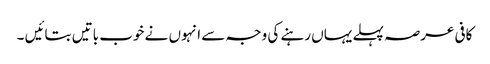
کافی عرصہ پہلے یہاں رہنے کی وجہ سے انہوں نے خوب باتیں بتائیں ۔